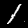
Label: 1